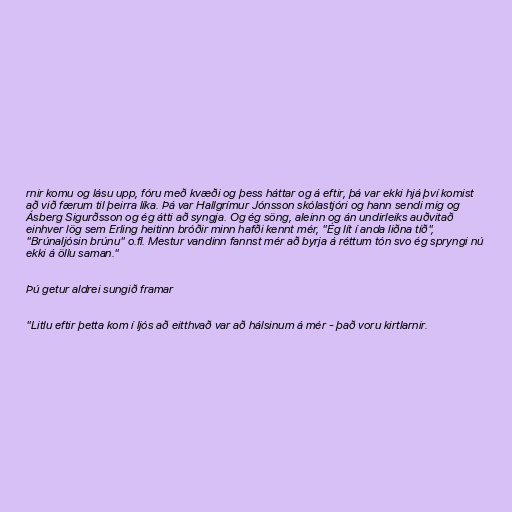
rnir komu og lásu upp, fóru með kvæði og þess háttar og á eftir, þá var ekki hjá því komist
að við færum til þeirra líka. Þá var Hallgrímur Jónsson skólastjóri og hann sendi mig og
Ásberg Sigurðsson og ég átti að syngja. Og ég söng, aleinn og án undirleiks auðvitað
einhver lög sem Erling heitinn bróðir minn hafði kennt mér, "Ég lít í anda liðna tíð",
"Brúnaljósin brúnu" o.fl. Mestur vandinn fannst mér að byrja á réttum tón svo ég spryngi nú
ekki á öllu saman."

Þú getur aldrei sungið framar

"Litlu eftir þetta kom í ljós að eitthvað var að hálsinum á mér - það voru kirtlarnir.